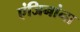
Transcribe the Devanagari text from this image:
एंजिनांना